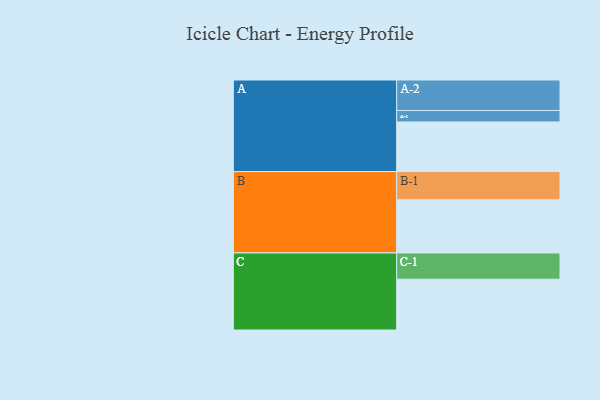
{"axis": {"x": "Segment", "y": "Value"}, "legend": ["", "A", "B", "C"], "data": [{"x": "A", "y": 423, "type": ""}, {"x": "B", "y": 453, "type": ""}, {"x": "C", "y": 433, "type": ""}, {"x": "A-1", "y": 98, "type": "A"}, {"x": "A-2", "y": 260, "type": "A"}, {"x": "B-1", "y": 241, "type": "B"}, {"x": "C-1", "y": 224, "type": "C"}]}